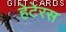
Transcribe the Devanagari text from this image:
हेटेरस